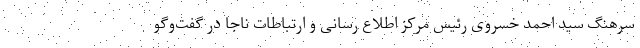
سرهنگ سید احمد خسروی رئیس مرکز اطلاع رسانی و ارتباطات ناجا در گفت‌وگو